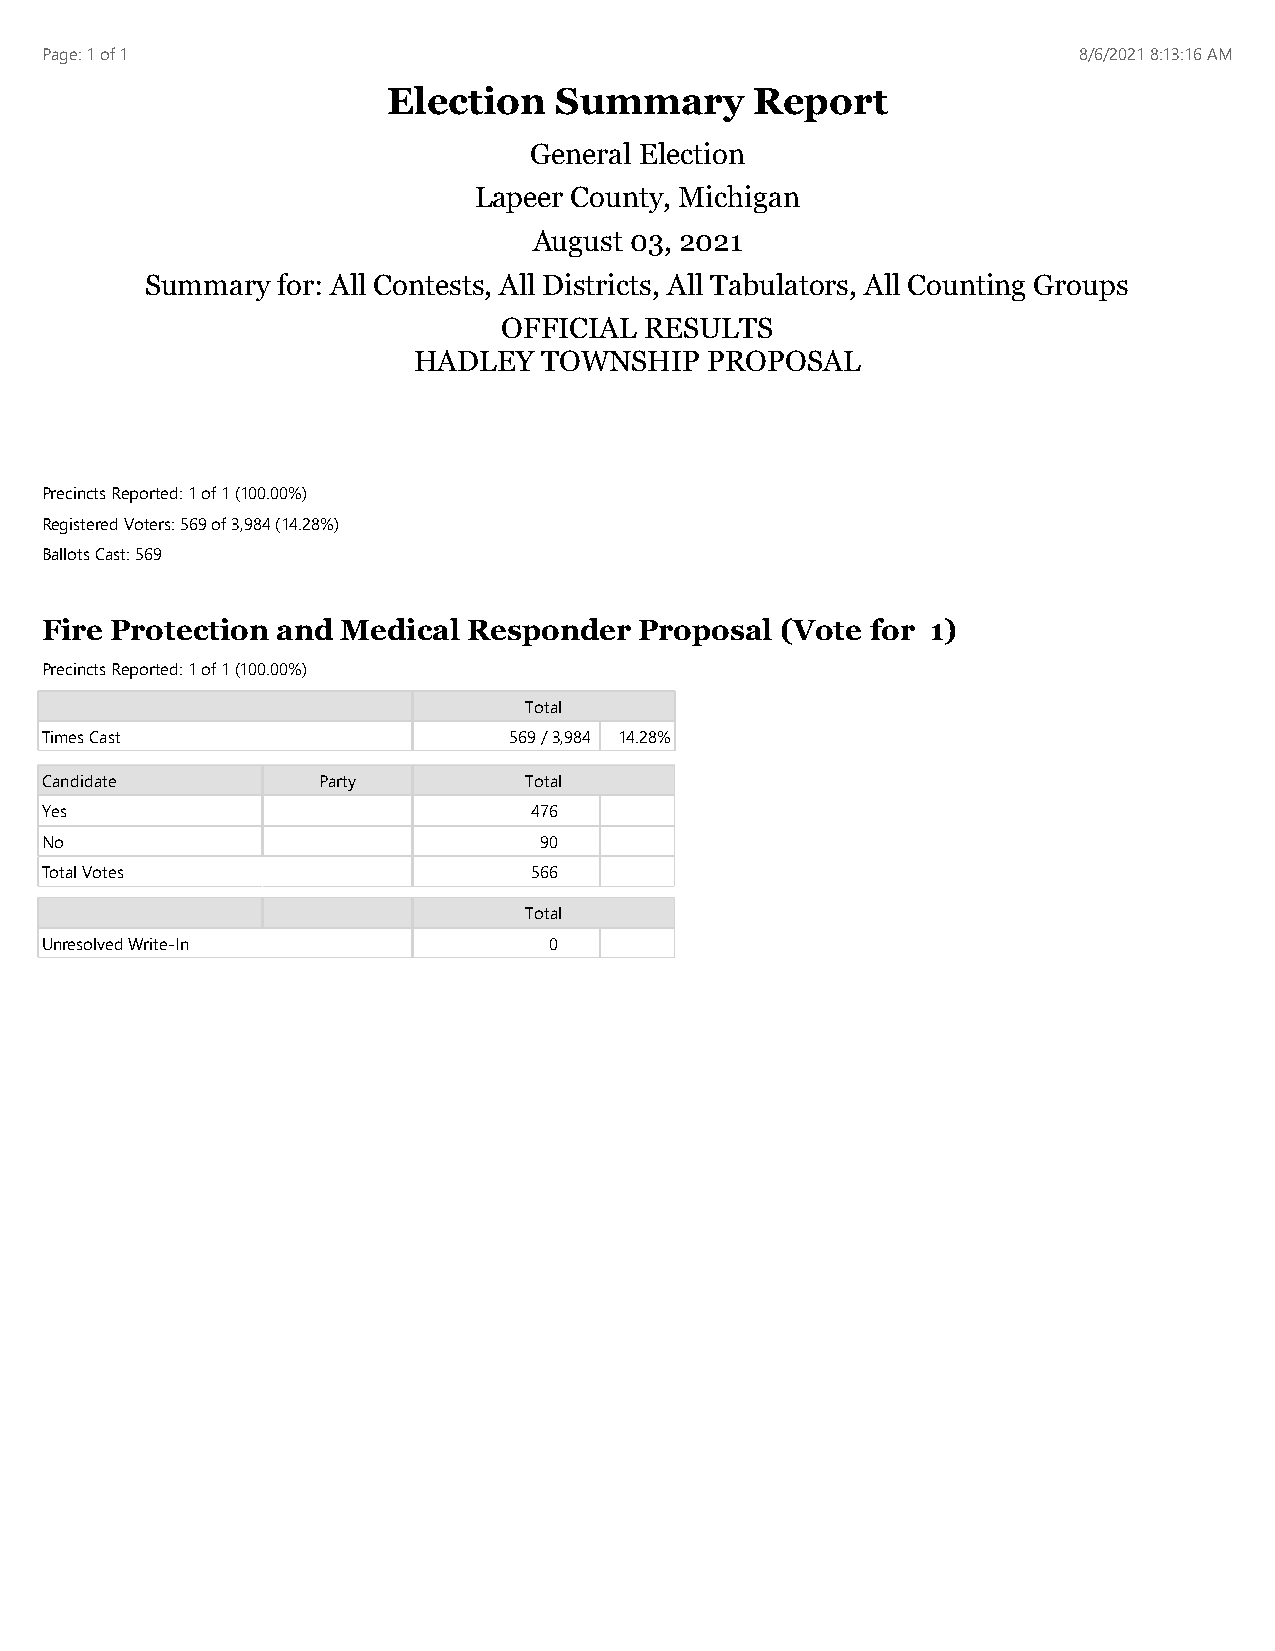
Page: 1 of 1                                                        8/6/2021 8:13:16 AM
 Election   Summary      Report
 General Election
 Lapeer County, Michigan
 August 03, 2021
 Summary for: All Contests, All Districts, All Tabulators, All Counting Groups
 OFFICIAL  RESULTS
 HADLEY   TOWNSHIP   PROPOSAL
 Precincts Reported: 1 of 1 (100.00%)
 Registered Voters: 569 of 3,984 (14.28%)
 Ballots Cast: 569
 Fire Protection and Medical Responder  Proposal  (Vote for 1)
 Precincts Reported: 1 of 1 (100.00%)
 Total
 Times Cast                     569 / 3,984 14.28%
 Candidate         Party         Total
 Yes                             476
 No                               90
 Total Votes                     566
 Total
 Unresolved Write-In              0